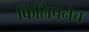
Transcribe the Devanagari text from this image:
फिलिपनेच